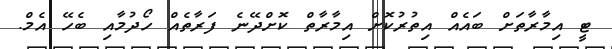
ޓީ އިމާރާތަށް ބައެއް އިތުރުކޮށް އިމާރާތް ކޮށްދޭނެ ފަރާތެއް ހޯދުމާއި ބެހޭ އެމް.